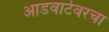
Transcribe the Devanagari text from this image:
आडवाटेवरचा